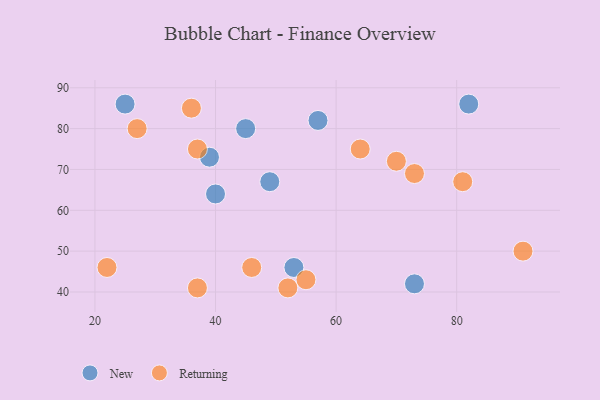
{"axis": {"x": "GDP", "y": "Life Expectancy"}, "legend": ["New", "Returning"], "data": [{"x": "45", "y": 80, "type": "New"}, {"x": "57", "y": 82, "type": "New"}, {"x": "40", "y": 64, "type": "New"}, {"x": "53", "y": 46, "type": "New"}, {"x": "73", "y": 42, "type": "New"}, {"x": "49", "y": 67, "type": "New"}, {"x": "39", "y": 73, "type": "New"}, {"x": "82", "y": 86, "type": "New"}, {"x": "25", "y": 86, "type": "New"}, {"x": "55", "y": 43, "type": "Returning"}, {"x": "37", "y": 75, "type": "Returning"}, {"x": "36", "y": 85, "type": "Returning"}, {"x": "70", "y": 72, "type": "Returning"}, {"x": "73", "y": 69, "type": "Returning"}, {"x": "52", "y": 41, "type": "Returning"}, {"x": "46", "y": 46, "type": "Returning"}, {"x": "91", "y": 50, "type": "Returning"}, {"x": "81", "y": 67, "type": "Returning"}, {"x": "64", "y": 75, "type": "Returning"}, {"x": "37", "y": 41, "type": "Returning"}, {"x": "27", "y": 80, "type": "Returning"}, {"x": "22", "y": 46, "type": "Returning"}]}